Report on lock hospitals in British Burma
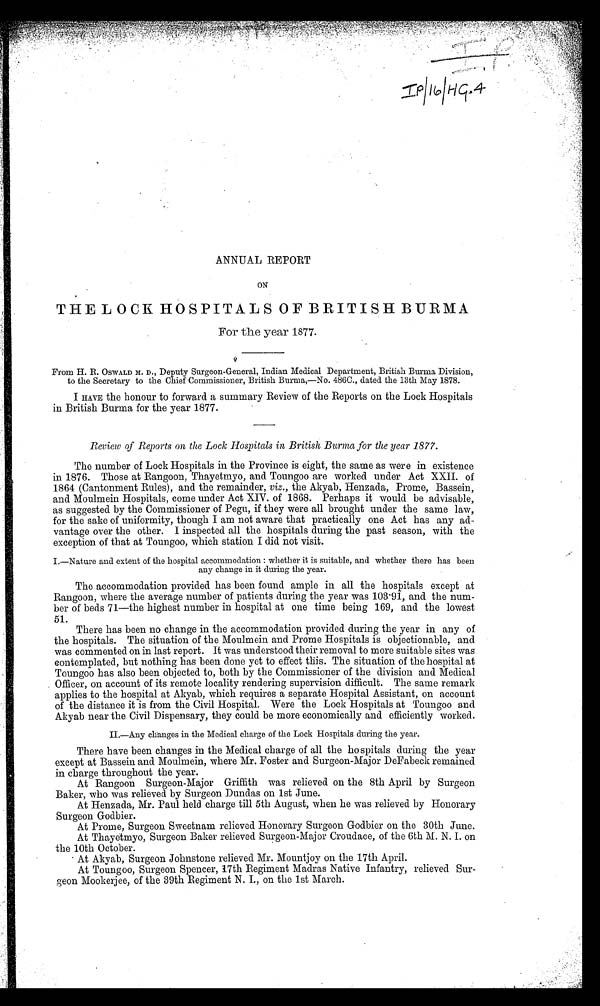
Ip/16/HG.4
ANNUAL REPORT
ON
THE L OCK HOSPITALS OF BRITISH BURMA
For the year 1877.
From H. R. OSWALD M. D., Deputy Surgeon-General, Indian Medical Department, British Burma Division,
to the Secretary to the Chief Commissioner, British Burma,—No. 486C., dated the 13th May 1878.
I HAVE the honour to forward a summary Review of the Reports on the Lock Hospitals
in British Burma for the year 1877.
Review of Reports on the Lock Hospitals in British Burma for the year 1877.
The number of Lock Hospitals in the Province is eight, the same as were in existence
in 1876. Those at Rangoon, Thayetmyo, and Toungoo are worked under Act XXII. of
1864 (Cantonment Rules), and the remainder, viz., the Akyab, Henzada, Prome, Bassein,
and Moulmein Hospitals, come under Act XIV. of 1868. Perhaps it would be advisable,
as suggested by the Commissioner of Pegu, if they were all brought under the same law,
for the sake of uniformity, though I am not aware that practically one Act has any ad-
vantage over the other. I inspected all the hospitals during the past season, with the
exception of that at Toungoo, which station I did not visit.
I.—Nature and extent of the hospital accommodation : whether it is suitable, and whether there has been
any change in it during the year.
The accommodation provided has been found ample in all the hospitals except at
Rangoon, where the average number of patients during the year was 103.91, and the num-
ber of beds 71—the highest number in hospital at one time being 169, and the lowest
51.
There has been no change in the accommodation provided during the year in any of
the hospitals. The situation of the Moulmein and Prome Hospitals is objectionable, and
was commented on in last report. It was understood their removal to more suitable sites was
contemplated, but nothing has been done yet to effect this. The situation of the hospital at
Toungoo has also been objected to, both by the Commissioner of the division and Medical
Officer, on account of its remote locality rendering supervision difficult. The same remark
applies to the hospital at Akyab, which requires a separate Hospital Assistant, on account
of the distance it is from the Civil Hospital. Were the Lock Hospitals at Toungoo and
Akyab near the Civil Dispensary, they could be more economically and efficiently worked.
II—Any changes in the Medical charge of the Lock Hospitals during the year.
There have been changes in the Medical charge of all the ho spitals during the year
except at Bassein and Moulmein, where Mr. Foster and Surgeon-Major DeFabeck remained
in charge throughout the year.
At Rangoon Surgeon-Major Griffith was relieved on the 8th April by Surgeon
Baker, who was relieved by Surgeon Dundas on 1st June.
At Henzada, Mr. Paul held charge till 5th August, when he was relieved by Honorary
Surgeon Godbier.
At Prome, Surgeon Sweetnam relieved Honorary Surgeon Godbier on the 30th June.
At Thayetmyo, Surgeon Baker relieved Surgeon-Major Croudace, of the 6th M. N. I. on
the 10th October.
At Akyab, Surgeon Johnstone relieved Mr. Mountjoy on the 17th April.
At Toungoo, Surgeon Spencer, 17th Regiment Madras Native Infantry, relieved Sur-
geon Mookerjee, of the 39th Regiment N. I., on the 1st March.